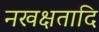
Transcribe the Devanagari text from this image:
नखक्षतादि